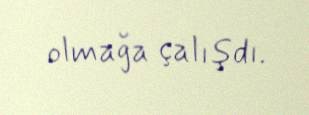
olmağa çalışdı.